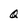
Character: Q